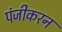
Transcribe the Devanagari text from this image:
पंजीकरन